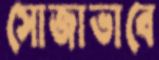
সোজাভাবে